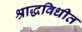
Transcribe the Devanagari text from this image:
श्राद्धविधीत